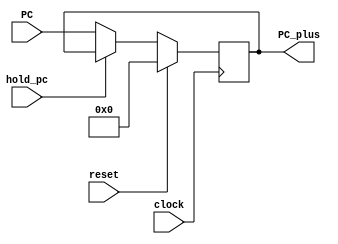
module PC( PC_plus , PC , clock , hold_pc, reset);
	input  wire clock , hold_pc, reset; 
	input  wire [12:0] PC;
	output reg[12:0] PC_plus;
	always @(posedge clock)
begin
	if(reset)
		PC_plus <= 13'd0;
	else
	begin
		if(hold_pc == 0)//if no stall pass the pc+4;	
		begin
			PC_plus <= PC;  //if hold =1 do nothing;
		end
	end
end
endmodule

module PC_ADDER(PC_Adder_output,PC);
	output reg[12:0] PC_Adder_output;
	input [12:0] PC;
	always @(*)
	begin
			PC_Adder_output=PC+1'b1;
	end
endmodule

module INS_MEMORY(instruction, clk, pc, reset, mips);
	output reg[31:0] instruction;
	input  wire[12:0] pc;
	input wire[31:0]mips;
	input  wire clk, reset;
	reg[31:0] Imem[0:8191]; // 32KB memory ehich is 8192 register each one is 32bit 
	always @(negedge clk )
	begin 
		if(reset)
			Imem[pc] <= mips;
		else
			instruction <= Imem[pc];
	end
endmodule

module IF_ID_Reg(instrOut , PCplus4Out , instrIn , PCplus4 , clk , hold , IF_Flush );

	input wire [31:0] instrIn;
	input wire [12:0] PCplus4 ;
	input wire        clk , hold , IF_Flush ;
	output reg [31:0] instrOut;
	output reg [12:0] PCplus4Out ;
	always @(posedge clk)
	begin
		if ( hold ==1'b0 && IF_Flush==1'b1) 
        	begin
          		PCplus4Out <= 13'b0 ;
					instrOut   <= 32'b0 ;
      		end
		else if (hold==1'b0 && IF_Flush==1'b0) 
        	begin
          
      			PCplus4Out <= PCplus4 ;   // da5l el instr ely wa2fa mestnya tetketb 3and el pc out 
      			instrOut   <= instrIn ;   //w eb3t el instr ely kanet feha ely mawgoda fel lines ely metwsla bel ID
      	end
    end
endmodule

module REG_FILE(Read_Data_1, Read_Data_2, Read_Reg_1, Read_Reg_2, Write_Reg, Write_Data, Reg_Write, Clock);

	input wire[4:0] Read_Reg_1, Read_Reg_2, Write_Reg;
	input wire[31:0] Write_Data;
	input Reg_Write, Clock;
	output reg[31:0] Read_Data_1, Read_Data_2;
	reg signed[31:0]  Reg_File[0:31];


	always @(*)
	begin
		Read_Data_1 <= Reg_File[Read_Reg_1];
		Read_Data_2 <= Reg_File[Read_Reg_2];
	end
	
	always @(negedge Clock)
	begin
		if(Reg_Write)
		begin
			Reg_File[Write_Reg] <= Write_Data;
		end		
	end

endmodule 

module Comparator( Zero , read_data1 , read_data2 );

input [31:0]  read_data1 ;
input [31:0]  read_data2 ;
output reg Zero ;

always @(*)
begin
Zero <= ( read_data1 == read_data2 ) ? 1'b1 : 1'b0;
end
endmodule

module SIGN_EXTEND(Sign_Ext_Output, Ori, Inst_15_0);
	input wire[15:0] Inst_15_0;
	input wire Ori;
	output reg signed[31:0] Sign_Ext_Output;

	always @(*)
	begin
		if (Ori == 1)
			Sign_Ext_Output <= Inst_15_0 | 32'h00000000;
		else if(Inst_15_0[15] == 1)
			Sign_Ext_Output <= Inst_15_0 | 32'hffff0000;
		else if (Inst_15_0[15] == 0)
			Sign_Ext_Output <= Inst_15_0 | 32'h00000000;
		else
			Sign_Ext_Output <=32'd0;
	end
endmodule

module HazardDetectionUnit( ID_ExMemRead ,  ID_Ex_RegDst , IF_ID_Instr , holdPC , holdIF_ID , IF_ID_Flush , Branch_And_Output ,muxSelector , Jump );
	output reg holdPC , holdIF_ID , muxSelector , IF_ID_Flush ;
	input wire[4:0] ID_Ex_RegDst ;
 	input wire[15:0] IF_ID_Instr ;
   input wire ID_ExMemRead , Branch_And_Output ,Jump;
	
	reg flag;
	initial
	begin
	flag <= 0;
	end
	always@(*)
	begin
		holdPC <= 0;
		holdIF_ID <= 0;
		muxSelector <= 0;
		IF_ID_Flush <=0;
	if(flag == 1)
	begin
			holdPC<=1;
         holdIF_ID<=1;
         muxSelector<=1;
			flag<=0;
	end
	else
	begin
		if ( ( IF_ID_Instr [15:11] != 6'b000100 || IF_ID_Instr [15:11] != 6'b000101  )&& ID_ExMemRead && ( ID_Ex_RegDst == IF_ID_Instr[10:5] || ID_Ex_RegDst == IF_ID_Instr[4:0]) )  // lw + ay 7aga 8ir beq -> stall
		begin
						holdPC<=1;
             		holdIF_ID<=1;
              		muxSelector<=1;
						flag<=0;
        	end
      		else if( ( IF_ID_Instr [15:11] == 6'b000100 || IF_ID_Instr [15:11] ==  6'b000101 ) && ( ID_Ex_RegDst == IF_ID_Instr[10:5] || ID_Ex_RegDst == IF_ID_Instr[4:0]) ) // ay 7aga 8ir lw + beq -> 1 stall
        	begin
						holdPC<=1;
             		holdIF_ID<=1;
              		muxSelector<=1;
						flag<=0;
        	end
		else if(( IF_ID_Instr [15:11] == 6'b000100 || IF_ID_Instr [15:11] ==  6'b000101 ) && ID_ExMemRead && ( ID_Ex_RegDst == IF_ID_Instr[10:5] || ID_Ex_RegDst == IF_ID_Instr[4:0]) )//stalling0 twice //first stall
        	begin                                                                                                                    		 //lw +beq
          		
						holdPC<=1;
             		holdIF_ID<=1;
              		muxSelector<=1;
						flag<=1;
        	end
			else
			begin
			holdPC <= 0;
			holdIF_ID <= 0;
		muxSelector <= 0;
		IF_ID_Flush <=0;
		flag <= 0;
end			
        end                 
		/*========================= Set Flush When Found Branch or Jump ================*/
		if( ( ( IF_ID_Instr [15:11] == 6'b000100 || IF_ID_Instr [15:11] ==  6'b000101 ) &&  Branch_And_Output ) || Jump  ) 
		begin
			IF_ID_Flush <= 1'b1; //ha2ool lel instruction ely fel IF_ID ely 7aslha fetch w da5lt mesh fakrak yaaad //w nerza3ha ka7ka	
		end  
		else 
		begin
			IF_ID_Flush <= 1'b0; 
		end      
		/*===============================================================================*/
    	end
endmodule
module CONTROL( JR_Signal , Ori , Reg_Dst , Branch , Branch_Not_Equal, Mem_Read ,Mem_to_Reg , ALU_Op , Mem_Write , ALU_Src , Reg_Write , Jump, Inst_31_26, Inst_5_0 );
	output reg  Ori,Branch,Branch_Not_Equal,Mem_Read,Mem_Write,ALU_Src,Reg_Write,Jump , Reg_Dst , Mem_to_Reg ,JR_Signal ;
	output reg  [3:0] ALU_Op;
	// Opcode Field and Function Field
	input  wire [5:0] Inst_31_26 , Inst_5_0;
	
	always@(*) // if any of instruction opcode changes 
	begin
		
		case(Inst_31_26)
			6'd0:     //R-Formate
			begin
				if( Inst_5_0 == 6'd8 )
				begin	//Found to be jr instruction
					JR_Signal <= 1'b1 ;
					Reg_Dst<=1'b0;
					Branch<=1'b0;
					Branch_Not_Equal<=1'b0;
					Jump<=1'b1; //Set Jump so that it sends to hazard unit to flush next instruction
					Mem_Read<=1'b0;
					Mem_to_Reg<=1'b0;
					Mem_Write<=1'b0;
					ALU_Src<=1'b0;
					Reg_Write<=1'b0;
					ALU_Op<=4'b0000;
					Ori <= 1'b0;
				end
				else
				begin
					JR_Signal <=1'b0;
					Reg_Dst<=1'b1;
					Branch<=1'b0;
					Branch_Not_Equal<=1'b0;
					Jump<=1'b0;
					Mem_Read<=1'b0;
					Mem_to_Reg<=1'b0;
					Mem_Write<=1'b0;
					ALU_Src<=1'b0;
					Reg_Write<=1'b1;
					ALU_Op<=4'b0010;
					Ori <= 1'b0;
				end
			end
			6'd2:	//jump
			begin
				Reg_Dst<=1'bx;
				Branch<=1'b0;
				Branch_Not_Equal<=1'b0;
				JR_Signal <=1'b0;
				Jump<=1'b1;
				Mem_Read<=1'b0;
				Mem_to_Reg<=1'bx;
				Mem_Write<=1'b0;
				ALU_Src<=1'bx;
				Reg_Write<=1'b0;
				ALU_Op<=4'b0xxx;
				Ori <= 1'b0;
			end	
			/*6'd3:	//jal
			begin
				Reg_Dst<='b10;
				Branch<=1'b0;
				Branch_Not_Equal<=1'b0;
				Jump<=1'b1;
				Mem_Read<=1'b0;
				Mem_to_Reg<=2'b10;
				Mem_Write<=1'b0;
				ALU_Src<=1'bx;
				Reg_Write<=1'b1;
				ALU_Op<=4'b0xxx;
				Ori <= 1'b0;
			end*/
			6'd4:	//beq
			begin
				JR_Signal <=1'b0;
				Reg_Dst<=1'b0;
				Branch<=1'b1;
				Branch_Not_Equal<=1'b0;
				Jump<=1'b0;
				Mem_Read<=1'b0;
				Mem_to_Reg<=1'b0;
				Mem_Write<=1'b0;
				ALU_Src<=1'b0;
				Reg_Write<=1'b0;
				ALU_Op<=4'b0001;
				Ori <= 1'b0;
			end
			6'd5:	//bne
			begin
				JR_Signal <=1'b0;
				Reg_Dst<=1'b0;
				Branch<=1'b0;
				Branch_Not_Equal<=1'b1;
				Jump<=1'b0;
				Mem_Read<=1'b0;
				Mem_to_Reg<=1'b0;
				Mem_Write<=1'b0;
				ALU_Src<=1'b0;
				Reg_Write<=1'b0;
				ALU_Op<=4'b0001;
				Ori <= 1'b0;
			end
			6'd8: 	//addi
			begin
				JR_Signal <=1'b0;
				Reg_Dst<=1'b0;
				Branch<=1'b0;
				Branch_Not_Equal<=1'b0;
				Jump<=1'b0;
				Mem_Read<=1'b0;
				Mem_to_Reg<=1'b0;
				Mem_Write<=1'b0;
				ALU_Src<=1'b1;
				Reg_Write<=1'b1;
				ALU_Op<=4'b0000;
				Ori <= 1'b0;
			end
			6'd10:	//slti
			begin
				JR_Signal <=1'b0;
				Reg_Dst<=1'b0;
				Branch<=1'b0;
				Branch_Not_Equal<=1'b0;
				Jump<=1'b0;
				Mem_Read<=1'b0;
				Mem_to_Reg<=1'b0;
				Mem_Write<=1'b0;
				ALU_Src<=1'b1;
				Reg_Write<=1'b1;
				ALU_Op<=4'b0101;
				Ori <= 1'b0;
			end
			6'd11:	//sgti
			begin
				JR_Signal <=1'b0;
				Reg_Dst<=1'b0;
				Branch<=1'b0;
				Branch_Not_Equal<=1'b0;
				Jump<=1'b0;
				Mem_Read<=1'b0;
				Mem_to_Reg<=1'b0;
				Mem_Write<=1'b0;
				ALU_Src<=1'b1;
				Reg_Write<=1'b1;
				ALU_Op<=4'b1000;
				Ori <= 1'b0;
			end
			6'd12:	//andi
			begin
				JR_Signal <=1'b0;
				Reg_Dst<=1'b0;
				Branch<=1'b0;
				Branch_Not_Equal<=1'b0;
				Jump<=1'b0;
				Mem_Read<=1'b0;
				Mem_to_Reg<=1'b0;
				Mem_Write<=1'b0;
				ALU_Src<=1'b1;
				Reg_Write<=1'b1;
				ALU_Op<=4'b0011;
				Ori <= 1'b0;
			end
			6'd13:	//ori
			begin
				JR_Signal <=1'b0;
				Reg_Dst<=1'b0;
				Branch<=1'b0;
				Branch_Not_Equal<=1'b0;
				Jump<=1'b0;
				Mem_Read<=1'b0;
				Mem_to_Reg<=1'b0;
				Mem_Write<=1'b0;
				ALU_Src<=1'b1;
				Reg_Write<=1'b1;
				ALU_Op<=4'b0100;
				Ori <= 1'b1;
			end		
			6'd14:	//xori
			begin
				JR_Signal <=1'b0;
				Reg_Dst<=1'b0;
				Branch<=1'b0;
				Branch_Not_Equal<=1'b0;
				Jump<=1'b0;
				Mem_Read<=1'b0;
				Mem_to_Reg<=1'b0;
				Mem_Write<=1'b0;
				ALU_Src<=1'b1;
				Reg_Write<=1'b1;
				ALU_Op<=4'b0110;
				Ori <= 1'b0;
			end
			6'd15:	//lui
			begin
				JR_Signal <=1'b0;
				Reg_Dst<=1'b0;
				Branch<=1'b0;
				Branch_Not_Equal<=1'b0;
				Jump<=1'b0;
				Mem_Read<=1'b0;
				Mem_to_Reg<=1'b0;
				Mem_Write<=1'b0;
				ALU_Src<=1'b1;
				Reg_Write<=1'b1;
				ALU_Op<=4'b0111;
				Ori <= 1'b0;
			end
			6'd32:	//lb
			begin
				JR_Signal <=1'b0;
				Reg_Dst<=1'b0;
				Branch<=1'b0;
				Branch_Not_Equal<=1'b0;
				Jump<=1'b0;
				Mem_Read<=1'b0;
				Mem_to_Reg<=1'b0;
				Mem_Write<=1'b0;
				ALU_Src<=1'b1;
				Reg_Write<=1'b1;
				ALU_Op<=4'b0111;
				Ori <= 1'b0;
			end
			6'd33:	//lh
			begin
				JR_Signal <=1'b0;
				Reg_Dst<=1'b0;
				Branch<=1'b0;
				Branch_Not_Equal<=1'b0;
				Jump<=1'b0;
				Mem_Read<=1'b0;
				Mem_to_Reg<=1'b0;
				Mem_Write<=1'b0;
				ALU_Src<=1'b1;
				Reg_Write<=1'b1;
				ALU_Op<=4'b0111;
				Ori <= 1'b0;
			end
			6'd35:     //lw
			begin
				JR_Signal <=1'b0;
				Reg_Dst<=1'b0;
				Branch<=1'b0;
				Branch_Not_Equal<=1'b0;
				Jump<=1'b0;
				Mem_Read<=1'b1;
				Mem_to_Reg<=1'b1;
				Mem_Write<=1'b0;
				ALU_Src<=1'b1;
				Reg_Write<=1'b1;
				ALU_Op<=4'b0000;
				Ori <= 1'b0;
			end
			/*6'd40:	//sb
			begin
				Reg_Dst<=2'b00;
				Branch<=1'b0;
				Branch_Not_Equal<=1'b0;
				Jump<=1'b0;
				Mem_Read<=1'b0;
				Mem_to_Reg<=2'b00;
				Mem_Write<=1'b0;
				ALU_Src<=1'b1;
				Reg_Write<=1'b1;
				ALU_Op<=4'b0111;
				Ori <= 1'b0;
			end
			6'd41:	//sh
			begin
				Reg_Dst<=2'b00;
				Branch<=1'b0;
				Branch_Not_Equal<=1'b0;
				Jump<=1'b0;
				Mem_Read<=1'b0;
				Mem_to_Reg<=2'b00;
				Mem_Write<=1'b0;
				ALU_Src<=1'b1;
				Reg_Write<=1'b1;
				ALU_Op<=4'b0111;
				Ori <= 1'b0;
			end*/
			6'd43:  //sw
			begin
				JR_Signal <=1'b0;
				Reg_Dst<=1'bx;
				Branch<=1'b0;
				Branch_Not_Equal<=1'b0;
				Jump<=1'b0;
				Mem_Read<=1'b0;
				Mem_to_Reg<=1'bx;
				Mem_Write<=1'b1;
				ALU_Src<=1'b1;
				Reg_Write<=1'b0;
				ALU_Op<=4'b0000;
				Ori <= 1'b0;
			end	
			default : 
			begin
				JR_Signal <=1'b0;
				Branch <= 0;
				Jump <= 0 ;
				Branch_Not_Equal <= 0;
				Mem_Read <= 0 ;
				Mem_Write <=0;
				Reg_Write <= 0;
				ALU_Src <= 0;
				Mem_to_Reg <= 0;
				Reg_Dst <=0;
				ALU_Op<=4'b0000;
				Ori <= 1'b0;
			end		
		endcase
	end
endmodule
module BR_ADDER(branchAdded, PC_Adder_output, Sign_Ext_Output);
	output reg [12:0] branchAdded;
	input  wire[12:0] PC_Adder_output;
	input  wire signed [12:0] Sign_Ext_Output; // signed since mover up or down
	always @(PC_Adder_output or Sign_Ext_Output)
	begin
		branchAdded <= PC_Adder_output + Sign_Ext_Output;
	end
endmodule
module ID_Forwarding_Unit( Comp_Mux_1 , Comp_Mux_2 , Branch , Branch_Not_Equal, IF_ID_Rs , IF_ID_Rt , Ex_Mem_DestReg , Mem_WB_DestReg , Ex_Mem_Write , Mem_WB_Write );
	//done
	output reg  [1:0] Comp_Mux_1 ,Comp_Mux_2 ;
	input  wire [4:0] IF_ID_Rs , IF_ID_Rt , Ex_Mem_DestReg , Mem_WB_DestReg ;
	input  wire       Ex_Mem_Write , Mem_WB_Write , Branch, Branch_Not_Equal ;  
	
	always @ (*)
	begin
		Comp_Mux_1 <= 2'b00;
		Comp_Mux_2 <= 2'b00;
		if((Ex_Mem_Write && Ex_Mem_DestReg!=0 && Branch) || (Ex_Mem_Write && Ex_Mem_DestReg!=0 &&Branch_Not_Equal))
		begin
			if ( Ex_Mem_DestReg ==  IF_ID_Rs && Ex_Mem_DestReg ==  IF_ID_Rt) //beq s1,s1,L1
			begin
				Comp_Mux_1 <= 2'b01;
				Comp_Mux_2 <= 2'b01;
			end
			else if (( Ex_Mem_DestReg ==  IF_ID_Rt) && ( Mem_WB_DestReg ==  IF_ID_Rs ))
			begin
				Comp_Mux_1 <= 2'b10;
				Comp_Mux_2 <= 2'b01;
			end
			else if (( Ex_Mem_DestReg ==  IF_ID_Rs) && ( Mem_WB_DestReg ==  IF_ID_Rt ))
			begin
				Comp_Mux_1 <= 2'b01;
				Comp_Mux_2 <= 2'b10;
			end
			else if( Ex_Mem_DestReg ==  IF_ID_Rs )
				Comp_Mux_1 <= 2'b01;
			else if( Ex_Mem_DestReg ==  IF_ID_Rt)
				Comp_Mux_2 <= 2'b01;
			else if ( (Mem_WB_Write && Mem_WB_DestReg!=0 && Branch) || (Mem_WB_Write && Mem_WB_DestReg!=0 &&Branch_Not_Equal)) 
			begin
			if ( (Mem_WB_DestReg ==  IF_ID_Rs) && (Mem_WB_DestReg ==  IF_ID_Rt) ) //beq s1,s1,L1
			begin
				Comp_Mux_1 <= 2'b10;
				Comp_Mux_2 <= 2'b10;
			end
			else if( Mem_WB_DestReg ==  IF_ID_Rs )
				Comp_Mux_1 <= 2'b10;
			else if( Mem_WB_DestReg ==  IF_ID_Rt)
				Comp_Mux_2 <= 2'b10;
			end
			end
		else if( (Mem_WB_Write && Mem_WB_DestReg!=0 && Branch) || (Mem_WB_Write && Mem_WB_DestReg!=0 &&Branch_Not_Equal))
		begin
			if ( (Mem_WB_DestReg ==  IF_ID_Rs) && (Mem_WB_DestReg ==  IF_ID_Rt) ) //beq s1,s1,L1
			begin
				Comp_Mux_1 <= 2'b10;
				Comp_Mux_2 <= 2'b10;
			end
			else if (( Ex_Mem_DestReg ==  IF_ID_Rs) && ( Mem_WB_DestReg ==  IF_ID_Rt ))
			begin
				Comp_Mux_1 <= 2'b01;
				Comp_Mux_2 <= 2'b10;
			end
			else if (( Ex_Mem_DestReg ==  IF_ID_Rt) && ( Mem_WB_DestReg ==  IF_ID_Rs ))
			begin
				Comp_Mux_1 <= 2'b10;
				Comp_Mux_2 <= 2'b01;
			end
			else if( Mem_WB_DestReg ==  IF_ID_Rs )
				Comp_Mux_1 <= 2'b10;
			else if( Mem_WB_DestReg ==  IF_ID_Rt)
				Comp_Mux_2 <= 2'b10;
			else if((Ex_Mem_Write && Ex_Mem_DestReg!=0 && Branch) || (Ex_Mem_Write && Ex_Mem_DestReg!=0 &&Branch_Not_Equal))
			begin
				if ( (Ex_Mem_DestReg ==  IF_ID_Rs) && (Ex_Mem_DestReg ==  IF_ID_Rt)) //beq s1,s1,L1
				begin
					Comp_Mux_1 <= 2'b01;
					Comp_Mux_2 <= 2'b01;
				end
				else if( Ex_Mem_DestReg ==  IF_ID_Rs )
					Comp_Mux_1 <= 2'b01;
				else if( Ex_Mem_DestReg ==  IF_ID_Rt)
					Comp_Mux_2 <= 2'b01;
			end		
		end
end
endmodule

module ID_EX_reg ( Reg_Write , Mem_to_Reg , Mem_Write , Mem_Read , ALU_Src , Reg_Dst , ALU_Op , Read_Data1_Out ,  Read_Data2_Out , shift_amount_out , Sign_Ext_out ,rs , rt , rd , func_field ,control_signal,Read_Data1,Read_Data2,Sign_Ext,IF_Inst,clk); //control unit input 
  
  input wire [9:0] control_signal ;
  input wire [31:0] Read_Data1,Read_Data2 ,Sign_Ext;
	input wire [25:0] IF_Inst;
  input wire clk; 
  output reg Reg_Write , Mem_to_Reg , Mem_Write , Mem_Read , ALU_Src , Reg_Dst ;
  output reg [3:0]  ALU_Op;
  output reg [31:0] Read_Data1_Out ,  Read_Data2_Out ,  Sign_Ext_out;
  output reg [4:0] rs , rt , rd  ,  shift_amount_out ;
  output reg [5:0]   func_field ;
  
  always @(posedge clk)
    begin
    Reg_Write <= control_signal[9] ;
    Mem_to_Reg <= control_signal[8];
    Mem_Write <= control_signal[7];
    Mem_Read <=  control_signal[6];
    ALU_Src <=  control_signal[5];
    Reg_Dst <=   control_signal[4];
    ALU_Op  <= control_signal[3:0];
    Read_Data1_Out <= Read_Data1 ;
    Read_Data2_Out <= Read_Data2 ;
    Sign_Ext_out <= Sign_Ext;
    shift_amount_out <= IF_Inst[10:6];
    rs <= IF_Inst[25:21];
    rt <= IF_Inst[20:16];
    rd <= IF_Inst[15:11];
    func_field <=  IF_Inst[5:0];
    end
endmodule
module ALU(alu_result, inst_10_6, read_data_1, alu_mux_output, alu_ctrl);
	
	input  wire [4:0] inst_10_6;
	input  wire [3:0] alu_ctrl;
	input  wire signed [31:0] read_data_1;
	input  wire signed [31:0] alu_mux_output;
	
	output reg  signed [31:0] alu_result;
	
	localparam AND  = 4'b0000;
	localparam OR   = 4'b0001;
	localparam ADD  = 4'b0010;
	localparam XOR  = 4'b0011;
	localparam SLL  = 4'b0100;
	localparam SGT  = 4'b0101; //new
	localparam SUB  = 4'b0110;
	localparam SLT  = 4'b0111;
	localparam SRL  = 4'b1000;
	localparam SRA  = 4'b1001;
	localparam LUI  = 4'b1010;
	localparam NOR  = 4'b1100;
	//localparam LB = 4'b1011;
	//localparam LH = 4'b1101;
	//localparam SW = 4'b1110;
	//localparam SH = 4'b1111;
	//localparam  	= 4'b0101; 

	
	always @(*)
	begin 
		case(alu_ctrl)
			
			AND: 
			begin
				alu_result <=  read_data_1 &  alu_mux_output ;
				
			end
			
			OR :
			begin
				alu_result <=  read_data_1 |  alu_mux_output ;
				
			end
			
			ADD:
			begin
				alu_result <=  read_data_1 +  alu_mux_output ;
				
			end
			
			SUB: 
			begin
				alu_result <=  (read_data_1 -  alu_mux_output) ;
				
			end
			
			SLT: 
			begin
				alu_result <=  (read_data_1 < alu_mux_output);
			end

			SGT: 
			begin
				alu_result <=  (read_data_1 > alu_mux_output);
				
			end
			
			NOR: 
			begin
				alu_result <= ~(read_data_1 | alu_mux_output);
				
			end
			
			XOR:
			begin
				alu_result <=   read_data_1 ^ alu_mux_output ;
				
			end
			
			SLL:
			begin
				alu_result <=   alu_mux_output << inst_10_6  ;
				
			end
			
			SRL:
			begin
				alu_result <=   alu_mux_output >> inst_10_6  ;
				
			end
			
			SRA:
			begin
				alu_result <=   alu_mux_output >>>inst_10_6  ;
				
			end
			
			LUI: 
			begin
				alu_result <=   alu_mux_output << 16  ;
				
			end
			
			default : 
			begin
				alu_result <= 0;
			end
		endcase
	end
endmodule
module ALU_CONTROL(alu_ctrl, alu_op, inst_5_0);
	
	output reg[3:0] alu_ctrl;	 //signal going to ALU can be modified to more bits when adding more instr 
	input wire[3:0] alu_op; 	//coming from control unit
	input wire[5:0] inst_5_0;  	//funct field in instr

	always @(*)  	//to make sure when any input change;
	begin                         	//operations are executed from begining;
		if(alu_op==4'b0000)	//sw or lw --> add or addi
		begin
			
			alu_ctrl <= 4'b0010; 
		end

		else if(alu_op==4'b0001) // sub for beq
		begin
			
			alu_ctrl <= 4'b0110;
		end
		
		else if(alu_op==4'b1000) // new sgti
		begin
			
			
			alu_ctrl <= 4'b0101;
		end

		else if(alu_op==4'b0011) // andi
		begin
			
			alu_ctrl <= 4'b0000;
		end

		else if(alu_op==4'b0100) // ori
		begin
			
			alu_ctrl <= 4'b0001;
		end

		else if(alu_op==4'b0101) // slti
		begin
			
			alu_ctrl <= 4'b0111;
		end

		else if(alu_op==4'b0110) // xori
		begin
			
			alu_ctrl <= 4'b0011;
		end

		else if(alu_op==4'b0111) // lui
		begin
			
			alu_ctrl <= 4'b1010;
		end

		else if(alu_op==4'b0010)   //Incase (010) indicate we have R_FORMATE inst; 
		begin                    //so we diffrentiate using funct field in instr;

				case (inst_5_0)
					6'b000000:alu_ctrl <= 4'b0100;  //sll
					6'b000001:alu_ctrl <= 4'b0101;	//sgt
					6'b000010:alu_ctrl <= 4'b1000;  //srl
					6'b000011:alu_ctrl <= 4'b1001;  //sra
					6'b100000:alu_ctrl <= 4'b0010;  //add
					6'b100010:alu_ctrl <= 4'b0110;  //subtract
					6'b100100:alu_ctrl <= 4'b0000;  //AND
					6'b100101:alu_ctrl <= 4'b0001;  //OR
					6'b101010:alu_ctrl <= 4'b0111;  //slt 
					6'b100110:alu_ctrl <= 4'b0011;  //xor
					6'b100111:alu_ctrl <= 4'b1100;  //nor
					default  :alu_ctrl <= 4'b0000; 
				endcase
		end
		else
		begin
			alu_ctrl <= 4'b0000;
		end
	end
endmodule
module Forwarding_Unit_EX(ID_EX_rs,ID_EX_rt,EX_MEM_register_destination,MEM_WB_register_destination,EX_MEM_regwrite,MEM_WB_regwrite,forwardA,forwardB);
	input [4:0] EX_MEM_register_destination; //the register to be written at of instruction in EX/mem reg pipeline;
	input [4:0] MEM_WB_register_destination;//_______________________________________________MEM/WB reg pipeline
	input [4:0] ID_EX_rs;
	input [4:0] ID_EX_rt;
	input    EX_MEM_regwrite;
	input    MEM_WB_regwrite;
	
	output reg [1:0] forwardA;  //to control ALU input with output from EXE or MEM; 
	output reg [1:0] forwardB;  //10 choose EXE out ,01 choose MEM;
	always@(*)
	begin
		forwardA<=2'b00;
		forwardB<=2'b00;
		if((EX_MEM_regwrite)&&(EX_MEM_register_destination!=0))
		begin
			if((EX_MEM_register_destination==ID_EX_rs) && (EX_MEM_register_destination==ID_EX_rt))
			begin
				forwardA <= 2'b10;
				forwardB <= 2'b10;
			end
			else if((EX_MEM_register_destination==ID_EX_rs) && (MEM_WB_register_destination==ID_EX_rt))
			begin
				forwardA <= 2'b10;
				forwardB <= 2'b01;
			end
			else if((EX_MEM_register_destination==ID_EX_rt) &&(MEM_WB_register_destination==ID_EX_rs))
			begin
				forwardA <= 2'b01;
				forwardB <= 2'b10;
			end
			else if(EX_MEM_register_destination==ID_EX_rs)
				forwardA <= 2'b10;//3amltha el awal bas 3shan 3ayezha priority 3lshan lw feh inst 2 wra ba3d beyktbo f nafs register ya5od agdad wa7da
			else if(EX_MEM_register_destination==ID_EX_rt)
				forwardB <= 2'b10;
			else if((MEM_WB_regwrite)&&(MEM_WB_register_destination!=0) && (!(EX_MEM_register_destination==ID_EX_rs)))
			begin
				if((MEM_WB_register_destination==ID_EX_rs) && (MEM_WB_register_destination==ID_EX_rt))
				begin
					forwardA <= 2'b01;
					forwardB <= 2'b01;
				end	
				else if(MEM_WB_register_destination==ID_EX_rs)
					forwardA <= 2'b01;
				else if(MEM_WB_register_destination==ID_EX_rt)  // 5aletha if 3shan momken el etnin yeb2a beytketb fehom 3ady
					forwardB <= 2'b01;
				
			end
		end
		else if((MEM_WB_regwrite)&&(MEM_WB_register_destination!=0))
		begin
			if((MEM_WB_register_destination==ID_EX_rs) && (MEM_WB_register_destination==ID_EX_rt))
			begin
				forwardA <= 2'b01;
				forwardB <= 2'b01;
			end
			else if((EX_MEM_register_destination==ID_EX_rs) && (MEM_WB_register_destination==ID_EX_rt))
			begin
				forwardA <= 2'b10;
				forwardB <= 2'b01;
			end
			else if((EX_MEM_register_destination==ID_EX_rt) &&(MEM_WB_register_destination==ID_EX_rs))
			begin
				forwardA <= 2'b01;
				forwardB <= 2'b10;
			end
			else if(MEM_WB_register_destination==ID_EX_rs)
				forwardA <= 2'b01;
			else if(MEM_WB_register_destination==ID_EX_rt)  // 5aletha if 3shan momken el etnin yeb2a beytketb fehom 3ady
				forwardB <= 2'b01;
			else if((EX_MEM_regwrite)&&(EX_MEM_register_destination!=0)&& (!(MEM_WB_register_destination==ID_EX_rs)))
			begin
				if((EX_MEM_register_destination==ID_EX_rs) && (EX_MEM_register_destination==ID_EX_rt))
				begin
					forwardA <= 2'b10;
					forwardB <= 2'b10;
				end
				else if(EX_MEM_register_destination==ID_EX_rs)
					forwardA <= 2'b10;//3amltha el awal bas 3shan 3ayezha priority 3lshan lw feh inst 2 wra ba3d beyktbo f nafs register ya5od agdad wa7da
				else if(EX_MEM_register_destination==ID_EX_rt)
					forwardB <= 2'b10;
			end
		end
end
endmodule
module EX_MemReg (clk,RegWrite, MemtoReg,MemWrite, MemRead,ALUresult,writedata,writeReg,RegWriteOut, MemtoRegOut,MemWriteOut
			,MemReadOut,ALUresultOut,writedataOut,writeRegOut);
  
  input clk;
  input RegWrite, MemtoReg; //WB
  input MemWrite, MemRead; //MEM
  input [31:0] ALUresult,writedata; //writedata is the data in rt in case of storing in memory
  input [4:0] writeReg; //rt
  output reg RegWriteOut, MemtoRegOut ,MemWriteOut, MemReadOut;
  output reg [31:0] ALUresultOut,writedataOut;
  output reg [4:0] writeRegOut;
  
  always@(posedge clk)
    begin
      RegWriteOut  <= RegWrite;
      MemtoRegOut  <= MemtoReg;
      MemWriteOut  <= MemWrite;
      MemReadOut   <= MemRead;
      ALUresultOut <= ALUresult;
      writedataOut <= writedata;
      writeRegOut  <= writeReg;
      
    end
endmodule
module DATA_MEMORY(Read_Data,MemWrite,MemRead,Address,Write_data,clock);
	
	output reg signed[31:0] Read_Data;// reg wait for change value
	input wire clock;
	input wire MemWrite,MemRead;
	input wire [12:0] Address ;
	input wire signed [31:0] Write_data;
	
	reg[31:0] write_data_storage[0:8191];
	
	always @ (posedge clock)
	if(MemWrite)
	begin 
				write_data_storage[Address] <= Write_data;
	end

	always @ (*)
	begin
		  if(MemRead)
	      Read_Data <= write_data_storage[Address];
			else
			Read_Data <= 32'd0;
	end
endmodule
module Mem_WbReg(RegWrite, MemtoReg,ALUresult,clk,readData,writeReg,RegWriteOut,MemtoRegOut,readDataOut,ALUresultOut,writeRegOut);
  
  input clk;
  input RegWrite, MemtoReg; //WB
  input [4:0] writeReg; //rt
  input [31:0] ALUresult, readData;   
  output reg RegWriteOut, MemtoRegOut;
  output reg [31:0] readDataOut,ALUresultOut;
  output reg [4:0] writeRegOut;
  
  always@(posedge clk)
    begin
      RegWriteOut  <= RegWrite;
      MemtoRegOut  <= MemtoReg;
      readDataOut  <= readData;
      ALUresultOut <= ALUresult;
      writeRegOut  <= writeReg;
      
    end
endmodule


module MUX_32_1(output_mux,input0,input1,selector);
	output reg  [31:0] output_mux;
	input  wire [31:0] input0;
	input  wire [31:0] input1;
	input  wire selector;
	always@(*)
	begin 
		if (selector == 1)
		begin
			output_mux <= input1;
		end
		else
		begin
			output_mux <= input0;
		end
	
	end
endmodule
module MUX_13_1(output_mux,input0,input1,selector);
	output reg  [12:0] output_mux;
	input  wire [12:0] input0;
	input  wire [12:0] input1;
	input  wire selector;
	always@(*)
	begin 
		if (selector == 1)
		begin
			output_mux <= input1;
		end
		else
		begin
			output_mux <= input0;
		end
	
	end
endmodule
module MUX_32_2(output_mux,input_0,input1,input2,selector);

	input  wire [31:0] input_0;
	input  wire [31:0] input1;
	input  wire [31:0] input2;
	input wire  [1:0] selector;
	output reg  [31:0] output_mux;
	
	always@(input_0,input1,input2,selector)
	begin 
		if (selector == 1)
		begin
			output_mux <= input1;
		end
	
		else if (selector == 2)
		begin
			output_mux <= input2;
		end

		else 
		begin
			output_mux <= input_0;
		end
	end
endmodule
module MUX_13_2(output_mux,input_0,input1,input2,selector);

	input  wire [12:0] input_0;
	input  wire [12:0] input1;
	input  wire [12:0] input2;
	input wire  [1:0] selector;
	output reg  [12:0] output_mux;
	
	always@(input_0,input1,selector)
	begin 
		if (selector == 1)
		begin
			output_mux <= input1;
		end
	
		else if (selector == 2)
		begin
			output_mux <= input2;
		end

		else 
		begin
			output_mux <= input_0;
		end
	end
endmodule

module MUX_5_1(output_mux,input0,input1,selector);
	output reg  [4:0] output_mux;
	input  wire [4:0] input0;
	input  wire [4:0] input1;
	input  wire selector;
	always@(*)
	begin 
		if (selector == 1)
		begin
			output_mux <= input1;
		end
		else
		begin
			output_mux <= input0;
		end
	
	end
endmodule

module Hazard_MUX_10_1(output_mux,Reg_Write,Mem_to_Reg,Mem_Write,Mem_Read,ALU_Src,Reg_Dst,ALU_Op,selector);
	
	input wire  Reg_Write,Mem_to_Reg,Mem_Write,Mem_Read,ALU_Src,Reg_Dst;
	input wire  [3:0] ALU_Op;
	output reg  [9:0] output_mux;
	input  wire selector;
	always@(*)
	begin 
		if (selector == 1)
		begin
			output_mux <= 10'b0000010000;

		end
		else
		begin
			output_mux <= {Reg_Write,Mem_to_Reg,Mem_Write,Mem_Read,ALU_Src,Reg_Dst,ALU_Op};
		end
	
	end
endmodule

module Reg_Dst_MUX(Write_Register,in0,in1,RegDst);
	input  wire [4:0] in0,in1;
	input  wire [1:0] RegDst;
	output reg  [4:0] Write_Register;
	wire[4:0] ra;
	assign	ra = 5'd31;
	always@(in0,in1,RegDst)
	begin 
		if (RegDst == 1)
		begin
			Write_Register <= in1;
		end

		else if (RegDst == 2)
		begin
			Write_Register <= ra;
		end

		else 
		begin
			Write_Register <= in0;
		end
	end
endmodule

module Pipeline_MIPS(Clock, reset, mips, data, en);

/*=============================================================== WIRES =================================================================*/
input wire Clock, reset, en;
input wire[31:0] mips;
wire Zero, JR_Signal, Ori, Reg_Dstn, Branch, Branch_Not_Equal, Mem_Read, Mem_to_Reg, Mem_Write, ALU_Src, Reg_Write, Jump, ex_mem_reg_write, ex_mem_mem_write, ex_mem_mem_read, mem_wb_reg_write, mem_wb_memtoreg;
wire beq_and_output, bne_not_output, bne_and_output, branch_or_output, hazard_mux_selector , hold_pc , hold_if_id_reg ,IF_Flush, id_ex_reg_write, id_ex_memtoreg, id_ex_mem_write, id_ex_mem_read,id_ex_alu_src, id_ex_regdst;
wire [1:0]  Comp_Mux_1, Comp_Mux_2, upper_mux_forward, lower_mux_forward;
wire [3:0]  id_ex_aluop, alu_ctrl, ALU_Op;
wire [4:0]  id_ex_rs,id_ex_rt,id_ex_rd,shift_amount, regdst_mux_out,ex_mem_dstreg, mem_wb_dstreg;
wire [5:0]  id_ex_func_field;
wire [9:0]  hazard_mux_output;
wire[12:0] pcIn, pcOut, pc_branch_mux_output, PCplus4_IF_Out, jump_mux_output, jr_mux_output, branch_adder_output;
wire [31:0] instruction, inst_IF_Out, Read_Data_1, Read_Data_2, Sign_Ext_Output;
wire [31:0] comp_upper_mux_out, comp_lower_mux_out, id_ex_Sign_Ext_Output, id_ex_read_data1, id_ex_read_data2, Alu_Result, alu_lower_mux_out, alu_upper_mux_out, alu_src_mux_Output, Read_Data, mem_wb_mux_output, mem_wb_read_data, mem_wb_alu_result, ex_mem_alu_result, ex_mem_lower_mux_out;
output reg[31:0] data;
/*=======================================================================================================================================*/


/*======================================================== IF STAGE + IF/ID REGISTER ======================================================*/

/***** PC & PC ADDER *****/ 
PC pc( pcOut , jr_mux_output , Clock , hold_pc, reset );
PC_ADDER pc_adder( pcIn , pcOut);
/***********************/

/******INSTRUCTION MEMORY**********/
INS_MEMORY ins_memory( instruction , Clock, pcOut, reset, mips);
/***********************************/

/*********BEQ AND BNE MUX***********/
MUX_13_1 pc_branch_mux( pc_branch_mux_output , pcIn , branch_adder_output, branch_or_output );
/***********************************/

/*********** JUMP MUX **************/
MUX_13_1 jump_mux(jump_mux_output,pc_branch_mux_output,inst_IF_Out[12:0], Jump);
MUX_13_1 jr_mux(jr_mux_output , jump_mux_output , Read_Data_1[12:0] , JR_Signal ); //WARNING YA SERsssssSY Jump and JR_Signal both are set to 1 if only jr inst comes since I want to flush the next inst by jump signal that is input to hazard unit
/***********************************/

/******IF/ID REGISTER**************/
IF_ID_Reg IF_ID_reg( inst_IF_Out , PCplus4_IF_Out , instruction , pcIn , Clock , hold_if_id_reg , IF_Flush);
/**********************************/
 

/*=======================================================================================================================================*/

/*=====================================================ID STAGE + ID/EX REGISTER=========================================================*/

/**********REGISTER FILE**********/
REG_FILE register_file( Read_Data_1 , Read_Data_2 , inst_IF_Out[25:21], inst_IF_Out[20:16], mem_wb_dstreg , mem_wb_mux_output, mem_wb_reg_write , Clock);
/**********************************/

/**************JUMP****************/
/**********************************/

/**********COMPARATOR **********/
Comparator branch_compare( Zero , comp_upper_mux_out , comp_lower_mux_out );
MUX_32_2 comp_upper_mux(comp_upper_mux_out ,Read_Data_1,ex_mem_alu_result,mem_wb_mux_output,Comp_Mux_1);
MUX_32_2 comp_lower_mux(comp_lower_mux_out ,Read_Data_2,ex_mem_alu_result,mem_wb_mux_output,Comp_Mux_2);
/**********************************/

/**************CONTROLLER**********/
CONTROL control_unit( JR_Signal , Ori , Reg_Dstn, Branch, Branch_Not_Equal, Mem_Read, Mem_to_Reg, ALU_Op , Mem_Write , ALU_Src , Reg_Write , Jump , inst_IF_Out[31:26] ,inst_IF_Out[5:0]); 
/**********************************/

/***************SIGN EXTEND *******/
SIGN_EXTEND sign_extend(Sign_Ext_Output, Ori , inst_IF_Out[15:0]) ;
/**********************************/

/**********BRANCH EQUAL AND BRANCH NOT EQUAL ADDER***/
BR_ADDER branch_adder( branch_adder_output , PCplus4_IF_Out , Sign_Ext_Output[12:0] );
and  beq_and(beq_and_output, Branch , Zero );
not  bne_not( bne_not_output , Zero);
and  bne_and( bne_and_output , Branch_Not_Equal , bne_not_output );
or   branch_or(branch_or_output,bne_and_output , beq_and_output);
/****************************************************/

/*******************ID FORWARD UNIT*****************/
ID_Forwarding_Unit id_forwarding_unit( Comp_Mux_1 , Comp_Mux_2 , Branch, Branch_Not_Equal , inst_IF_Out[25:21] , inst_IF_Out[20:16] , ex_mem_dstreg , mem_wb_dstreg , ex_mem_reg_write , mem_wb_reg_write );
/****************************************************/

/********HAZARD DETECTION UNIT***********/
HazardDetectionUnit hazard_unit ( id_ex_mem_read ,  regdst_mux_out , inst_IF_Out[31:16] , hold_pc , hold_if_id_reg , IF_Flush , branch_or_output , hazard_mux_selector,Jump);
Hazard_MUX_10_1 hazard_mux( hazard_mux_output , Reg_Write , Mem_to_Reg , Mem_Write , Mem_Read , ALU_Src , Reg_Dstn , ALU_Op , hazard_mux_selector);
/****************************************/

/**************ID_EX REGISTER**********/
ID_EX_reg id_ex_reg( id_ex_reg_write , id_ex_memtoreg , id_ex_mem_write , id_ex_mem_read , id_ex_alu_src , id_ex_regdst , id_ex_aluop , id_ex_read_data1 ,  id_ex_read_data2 , shift_amount , id_ex_Sign_Ext_Output ,id_ex_rs , id_ex_rt , id_ex_rd ,id_ex_func_field,
		hazard_mux_output , Read_Data_1 , Read_Data_2 , Sign_Ext_Output ,inst_IF_Out[25:0] ,Clock ); //control unit input 
/*************************************/
/*=======================================================================================================================================*/

/*=====================================EXECUTION STAGE + EX_MEM REGISIER=================================================================*/

MUX_32_2 alu_upper_mux(alu_upper_mux_out,id_ex_read_data1,mem_wb_mux_output,ex_mem_alu_result,upper_mux_forward);
MUX_32_2 alu_lower_mux(alu_lower_mux_out,id_ex_read_data2,mem_wb_mux_output,ex_mem_alu_result,lower_mux_forward);
MUX_32_1 alu_src_mux(alu_src_mux_Output, alu_lower_mux_out, id_ex_Sign_Ext_Output, id_ex_alu_src);

ALU alu(Alu_Result,shift_amount, alu_upper_mux_out, alu_src_mux_Output, alu_ctrl );	

ALU_CONTROL alu_control ( alu_ctrl, id_ex_aluop, id_ex_func_field);

Forwarding_Unit_EX ex_forward_unit(id_ex_rs,id_ex_rt,ex_mem_dstreg,mem_wb_dstreg,ex_mem_reg_write,mem_wb_reg_write,upper_mux_forward,lower_mux_forward);

MUX_5_1 reg_dst_mux(regdst_mux_out,id_ex_rt,id_ex_rd,id_ex_regdst);

EX_MemReg ex_mem_reg (Clock,id_ex_reg_write, id_ex_memtoreg,id_ex_mem_write, id_ex_mem_read,Alu_Result,alu_lower_mux_out,regdst_mux_out,ex_mem_reg_write, ex_mem_memtoreg,ex_mem_mem_write
			,ex_mem_mem_read,ex_mem_alu_result,ex_mem_lower_mux_out,ex_mem_dstreg);

/*=========================================== DATA MEMORY STAGE + MEM/WB REGISTER========================================================*/

DATA_MEMORY data_memory( Read_Data , ex_mem_mem_write , ex_mem_mem_read , ex_mem_alu_result[12:0] , ex_mem_lower_mux_out , Clock);

Mem_WbReg mem_wb_reg(ex_mem_reg_write , ex_mem_memtoreg , ex_mem_alu_result ,  Clock , Read_Data  , ex_mem_dstreg ,mem_wb_reg_write , mem_wb_memtoreg , mem_wb_read_data , mem_wb_alu_result , mem_wb_dstreg );
MUX_32_1 mem_wb_mux(mem_wb_mux_output , mem_wb_alu_result , mem_wb_read_data , mem_wb_memtoreg );

/*******************************WIRES*******************************/

/*=======================================================================================================================================*/
always @(posedge Clock)
begin
	if(en)
		data <= mem_wb_mux_output;
	else
		data <= 32'd0;
end
endmodule